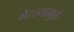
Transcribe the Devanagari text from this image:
भेटल्यामुळे